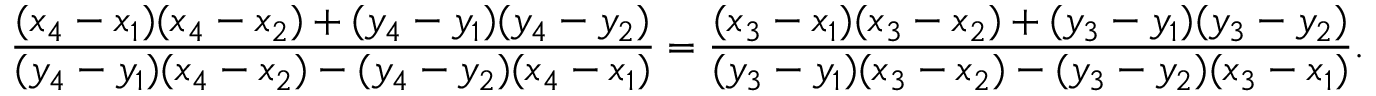
{ \frac { ( x _ { 4 } - x _ { 1 } ) ( x _ { 4 } - x _ { 2 } ) + ( y _ { 4 } - y _ { 1 } ) ( y _ { 4 } - y _ { 2 } ) } { ( y _ { 4 } - y _ { 1 } ) ( x _ { 4 } - x _ { 2 } ) - ( y _ { 4 } - y _ { 2 } ) ( x _ { 4 } - x _ { 1 } ) } } = { \frac { ( x _ { 3 } - x _ { 1 } ) ( x _ { 3 } - x _ { 2 } ) + ( y _ { 3 } - y _ { 1 } ) ( y _ { 3 } - y _ { 2 } ) } { ( y _ { 3 } - y _ { 1 } ) ( x _ { 3 } - x _ { 2 } ) - ( y _ { 3 } - y _ { 2 } ) ( x _ { 3 } - x _ { 1 } ) } } .